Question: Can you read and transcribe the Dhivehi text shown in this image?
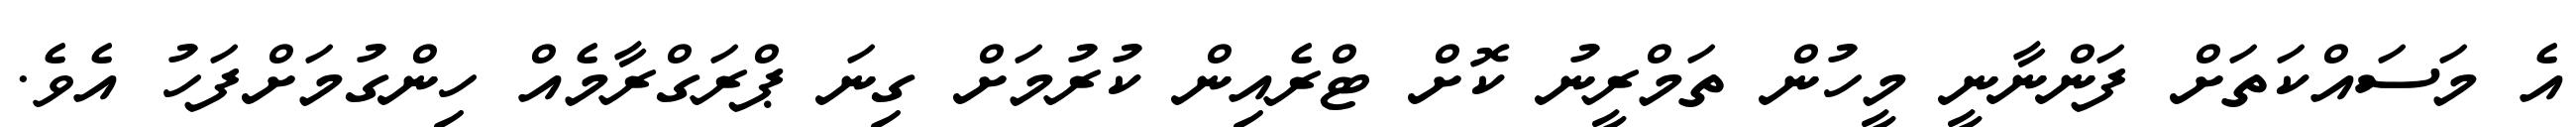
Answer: އެ މަސައްކަތަށް ފަންނާނީ މީހުން ތަމްރީނު ކޮށް ޓްރެއިން ކުރުމަށް ގިނަ ޕްރަގްރާމެއް ހިންގުމަށްފަހު އެވެ.